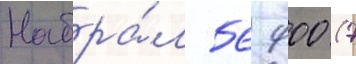
Набра́л 56 900 (7